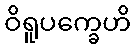
ဝိရူပက္ခေဟိ